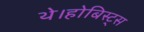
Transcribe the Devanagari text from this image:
थे।होबिस्ट्स